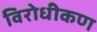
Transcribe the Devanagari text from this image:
विरोधीकण